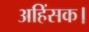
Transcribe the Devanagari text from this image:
अहिंसक।